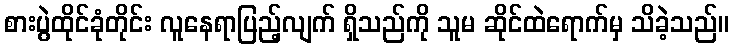
စားပွဲထိုင်ခုံတိုင်း လူနေရာပြည့်လျက် ရှိသည်ကို သူမ ဆိုင်ထဲရောက်မှ သိခဲ့သည်။